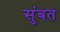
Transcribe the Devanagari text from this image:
सुंबत